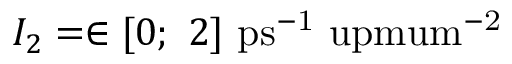
I _ { 2 } = \in [ 0 ; ~ 2 ] ~ \mathrm { p s ^ { - 1 } \ u p m u m ^ { - 2 } }